Annual statistical returns and brief notes on vaccination in Bengal - 1909-1929
Year: 1909
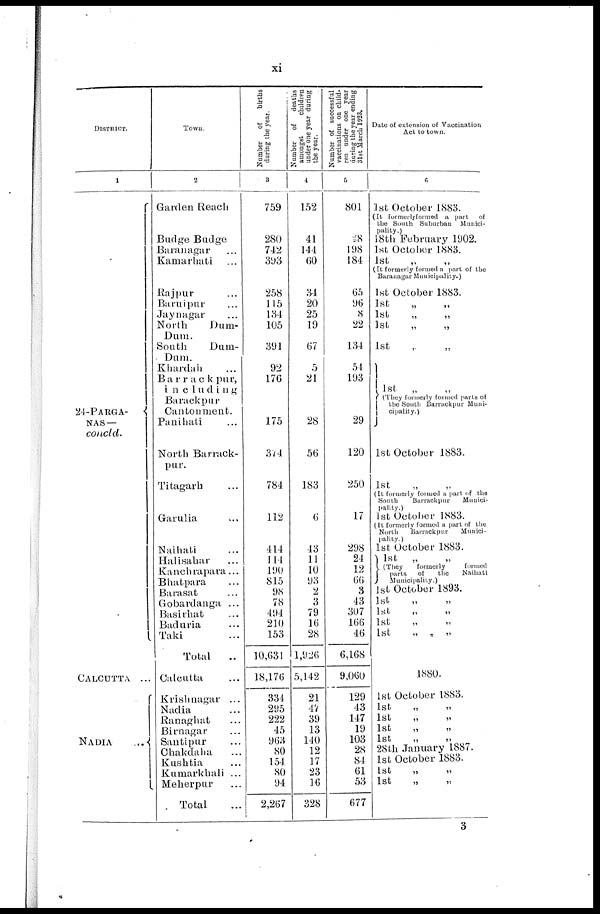
xi
DISTRICT.
1
24-PARGA-
NAS —
concld.
CALCUTTA ...
NADIA
...
Town.
2
Garden Reach
Badge Budge
Baranagar ...
Kamarhati ...
Rajpur ...
Baruipur ...
Jaynagar ...
North
Dum-
Dum.
South
Duni-
Dam.
Khardah ...
Barrackpur,
including
Barackpur
Cantonment.
Panihati ...
North Barrack-
pur.
Titagarh ...
Garulia ...
Naihati ...
Halisahar ...
Kanchrapara...
Bhatpara ...
Barasat ...
Gobardanga ...
Basirhat ...
Baduria ...
Taki ...
Total
...
Calcutta ...
Krishnagar ...
Nadia ...
Ranaghat ...
Birnagar ...
Santipur ...
Chakdaha ...
Kushtia ...
Kumarkhali ...
Meherpur ...
Total ...
Number
of
births
during the year.
3
759
280
742
393
258
115
134
105
391
92
176
175
374
784
112
414
114
190
815
98
78
494
210
153
10,631
18,176
334
295
222
45
963
80
154
80
94
2,267
Number of
deaths
amongst
children
under one year during
the year.
4
152
41
144
60
34
20
25
19
67
5
21
28
56
183
6
43
11
10
93
2
3
79
16
28
1,926
5,142
21
47
39
13
140
12
17
23
16
328
Number of successful
vaccinations on child-
ren under one year
during the year ending
31st March 1923.
5
801
28
198
184
65
96
8
22
134
54
193
29
120
250
17
298
24
12
66
3
43
307
166
46
6,168
9,060
129
43
147
19
103
28
84
61
53
677
Date of extension of Vaccination
Act to town.
6
1st October 1883.
(It formerlyformed a part of
the South Suburban Munici-
pality.)
18th February 1902.
1st October 1883.
1st „ „
(It formerly formed a part of the
Baranagar Municipality.)
1st October 1883.
1st „ „
1st
„
„
1st
„
„
1st „ „
1st
„
„
(They formerly formed parts of
the South Barrackpur Muni-
cipality.)
1st October 1883.
1st „ „
(It formerly formed a part of the
South
Barrackpur
Munici-
pality.)
1st October 1883.
(It formerly formed a part of the
North
Barrackpur Munici-
pality.)
1st October 1883.
1st „ „
(They
formerly
formed
parts of
the
Naihati
Municipality.)
1st October 1893.
1st
„
„
1st
„
„
1st
„
„
1st
„
„
1880.
1st October 1883.
1st
„
„
1st
„
„
1st
„
„
1st
„
„
28th January 1887.
1st October 1883.
1st
„
„
1st
„
„
3